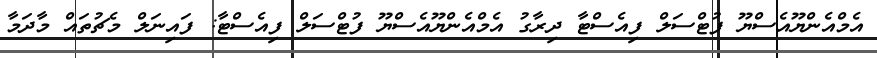
އެމްއެންޔޫއެސްޔޫ ފުޓްސަލް ފިއެސްޓާ ދިރާގު އެމްއެންޔޫއެސްޔޫ ފުޓްސަލް ފިއެސްޓާ: ފައިނަލް މެޗުތައް މާދަމާ